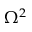
\Omega ^ { 2 }